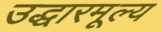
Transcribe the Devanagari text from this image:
उद्धारमूल्य